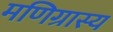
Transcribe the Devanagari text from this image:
मणिग्रास्य